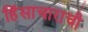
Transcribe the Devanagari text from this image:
हिंसाचाराची